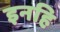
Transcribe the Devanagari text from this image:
इनहि